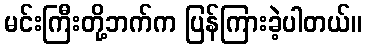
မင်းကြီးတို့ဘက်က ပြန်ကြားခဲ့ပါတယ်။